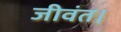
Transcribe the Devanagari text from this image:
जीवंत।